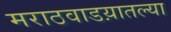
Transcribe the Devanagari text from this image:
मराठवाडय़ातल्या